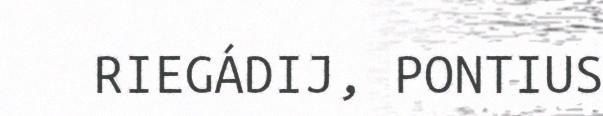
RIEGÁDIJ, PONTIUS